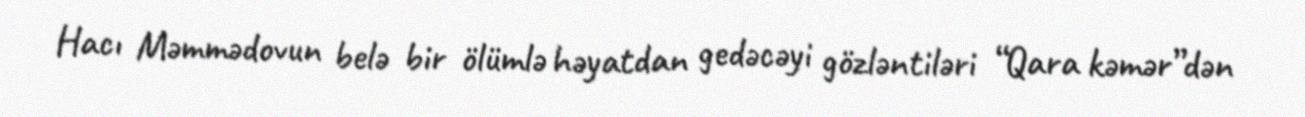
Hacı Məmmədovun belə bir ölümlə həyatdan gedəcəyi gözləntiləri “Qara kəmər”dən